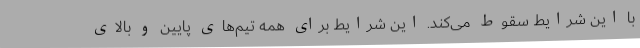
با این شرایط سقوط می‌کند. این شرایط برای همه تیم‌های پایین و بالای